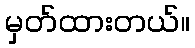
မှတ်ထားတယ်။